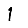
Digit: 1